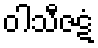
ဝါသီဇဋံ